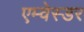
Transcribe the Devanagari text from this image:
एम्वेस्डर